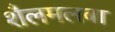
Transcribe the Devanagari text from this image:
शैलमलबा